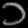
Digit: ၁